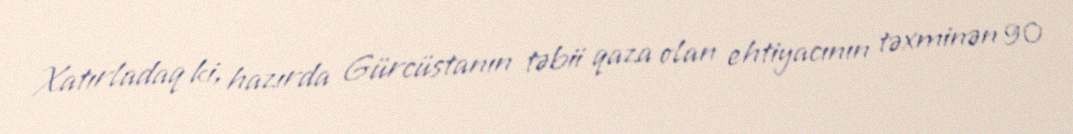
Xatırladaq ki, hazırda Gürcüstanın təbii qaza olan ehtiyacının təxminən 90